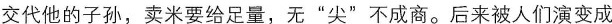
交代他的子孙，卖米要给足量，无“尖”不成商。后来被人们演变成“无奸不成商”了，意义就完全不同了。